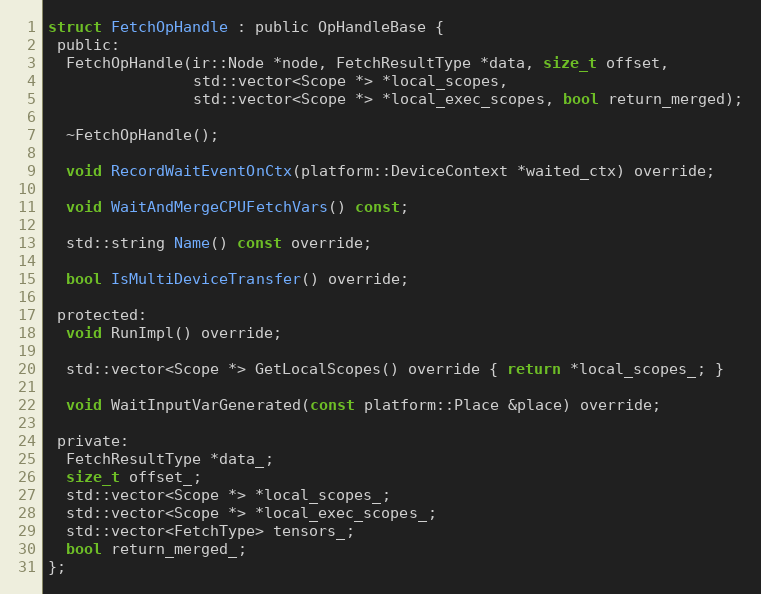
Language: C
struct FetchOpHandle : public OpHandleBase {
 public:
  FetchOpHandle(ir::Node *node, FetchResultType *data, size_t offset,
                std::vector<Scope *> *local_scopes,
                std::vector<Scope *> *local_exec_scopes, bool return_merged);

  ~FetchOpHandle();

  void RecordWaitEventOnCtx(platform::DeviceContext *waited_ctx) override;

  void WaitAndMergeCPUFetchVars() const;

  std::string Name() const override;

  bool IsMultiDeviceTransfer() override;

 protected:
  void RunImpl() override;

  std::vector<Scope *> GetLocalScopes() override { return *local_scopes_; }

  void WaitInputVarGenerated(const platform::Place &place) override;

 private:
  FetchResultType *data_;
  size_t offset_;
  std::vector<Scope *> *local_scopes_;
  std::vector<Scope *> *local_exec_scopes_;
  std::vector<FetchType> tensors_;
  bool return_merged_;
};